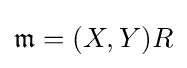
{\mathfrak {m}}=(X,Y)R